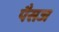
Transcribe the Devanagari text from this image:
पैसज